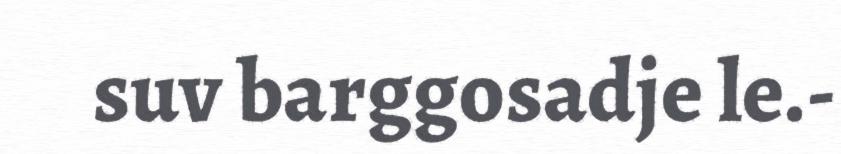
suv barggosadje le.-